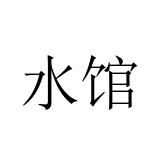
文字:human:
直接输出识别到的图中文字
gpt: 水馆